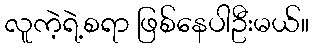
လူကဲ့ရဲ့စရာ ဖြစ်နေပါဦးမယ်။